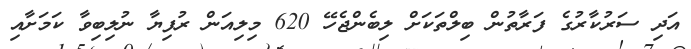
އަދި ސަރުކާރުގެ ފަރާތުން ބިލްތަކަށް ލިބެންޖެހޭ 620 މިލިއަން ރުފިޔާ ނުލިބިވާ ކަމަށާއި